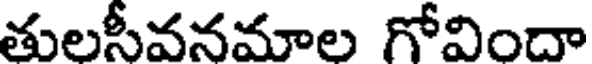
తులసీవనమాల గోవిందా